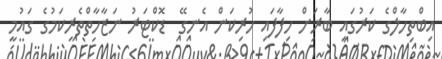
އިބްތިހާލްގެ ކަރުގައި ބާރަށް ހިފާފައި ހުރިކަން އެނގޭ  ޑޮކްޓަރު ނަޒާހާތްތެރިކަމުގެ ގައުމީ